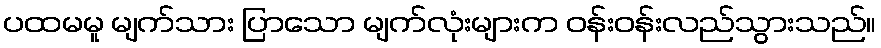
ပထမမူ မျက်သား ပြာသော မျက်လုံးများက ဝန်းဝန်းလည်သွားသည်။